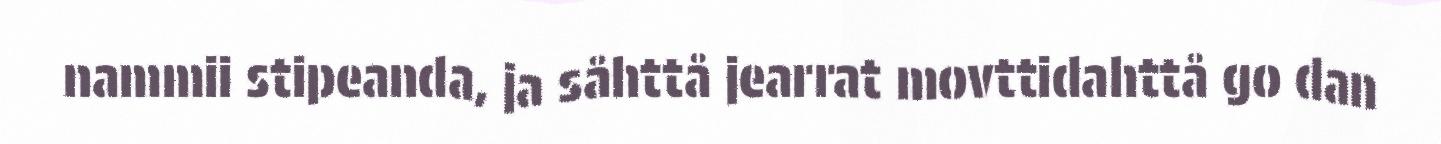
nammii stipeanda, ja såhttå jearrat movttidahttå go dan